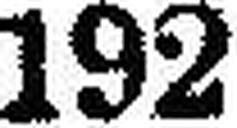
192